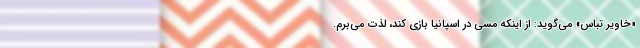
«خاویر تباس» می‌گوید: از اینکه مسی در اسپانیا بازی کند، لذت می‌برم.